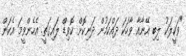
"ވަކީލަކު ލިބި އޭނާއާ ވާހަކަ ދައްކަމުން ދަނިކޮށް ކޮވިޑް ލައިގަތީ. އެހެންވީމަ އެކަން